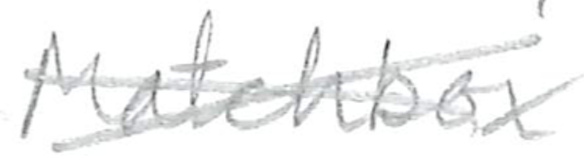
Text: Matchbox
Cross-out: cross
Writing tool: pencil